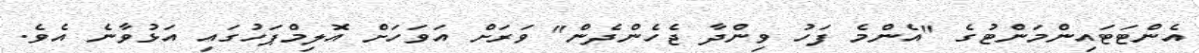
އެންޓަޓައިންމަންޓުގެ "އެންމެ ފަހު ވިންދާ ޖެހެންދެން" ވަރަށް އަވަހަށް އޮލިމްޕަހުގައި އަޅުވާނެ އެވެ.